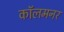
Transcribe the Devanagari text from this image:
कॉलमनर